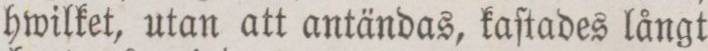
hwilket, utan att antändas, kaſtades långt